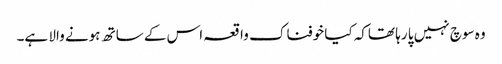
وہ سوچ نہیں پا رہا تھاکہ کیا خوفناک واقعہ اس کے ساتھ ہونے والا ہے۔